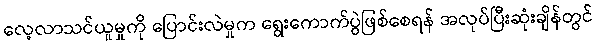
လေ့လာသင်ယူမှုကို ပြောင်းလဲမှုက ရွေးကောက်ပွဲဖြစ်စေရန် အလုပ်ပြီးဆုံးချိန်တွင်